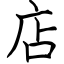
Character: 店